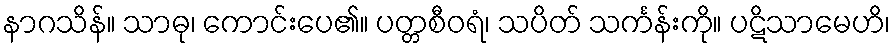
နာဂသိန်။ သာဓု၊ ကောင်းပေ၏။ ပတ္တစီဝရံ၊ သပိတ် သင်္ကန်းကို။ ပဋိသာမေဟိ၊